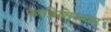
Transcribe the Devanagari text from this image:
फ़ाब्रिशिअयस